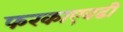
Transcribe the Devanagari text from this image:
फरकाएवढी